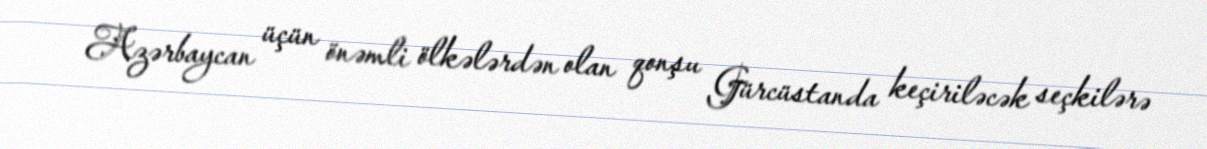
Azərbaycan üçün önəmli ölkələrdən olan qonşu Gürcüstanda keçiriləcək seçkilərə